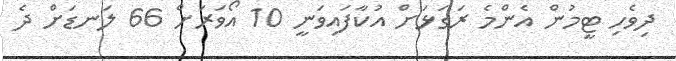
ދިވެހި ޓީމުން އެންމެ ރަގަޅަށް އުކާފައިވަނީ 10 އޯވަރަށް 66 ލަނޑަށް ދެ